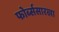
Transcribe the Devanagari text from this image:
फोर्ब्ससारखा